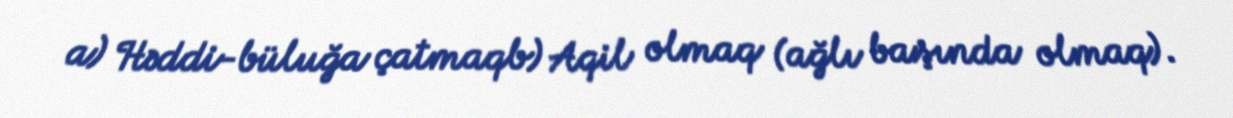
a) Həddi-büluğa çatmaqb) Aqil olmaq (ağlı başında olmaq).